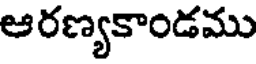
ఆరణ్యకాండము